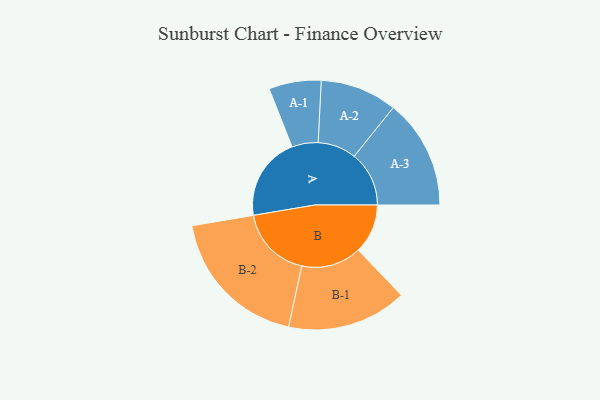
{"axis": {"x": "Segment", "y": "Value"}, "legend": ["", "A", "B"], "data": [{"x": "A", "y": 326, "type": ""}, {"x": "B", "y": 193, "type": ""}, {"x": "A-1", "y": 102, "type": "A"}, {"x": "A-2", "y": 150, "type": "A"}, {"x": "A-3", "y": 214, "type": "A"}, {"x": "B-1", "y": 234, "type": "B"}, {"x": "B-2", "y": 285, "type": "B"}]}